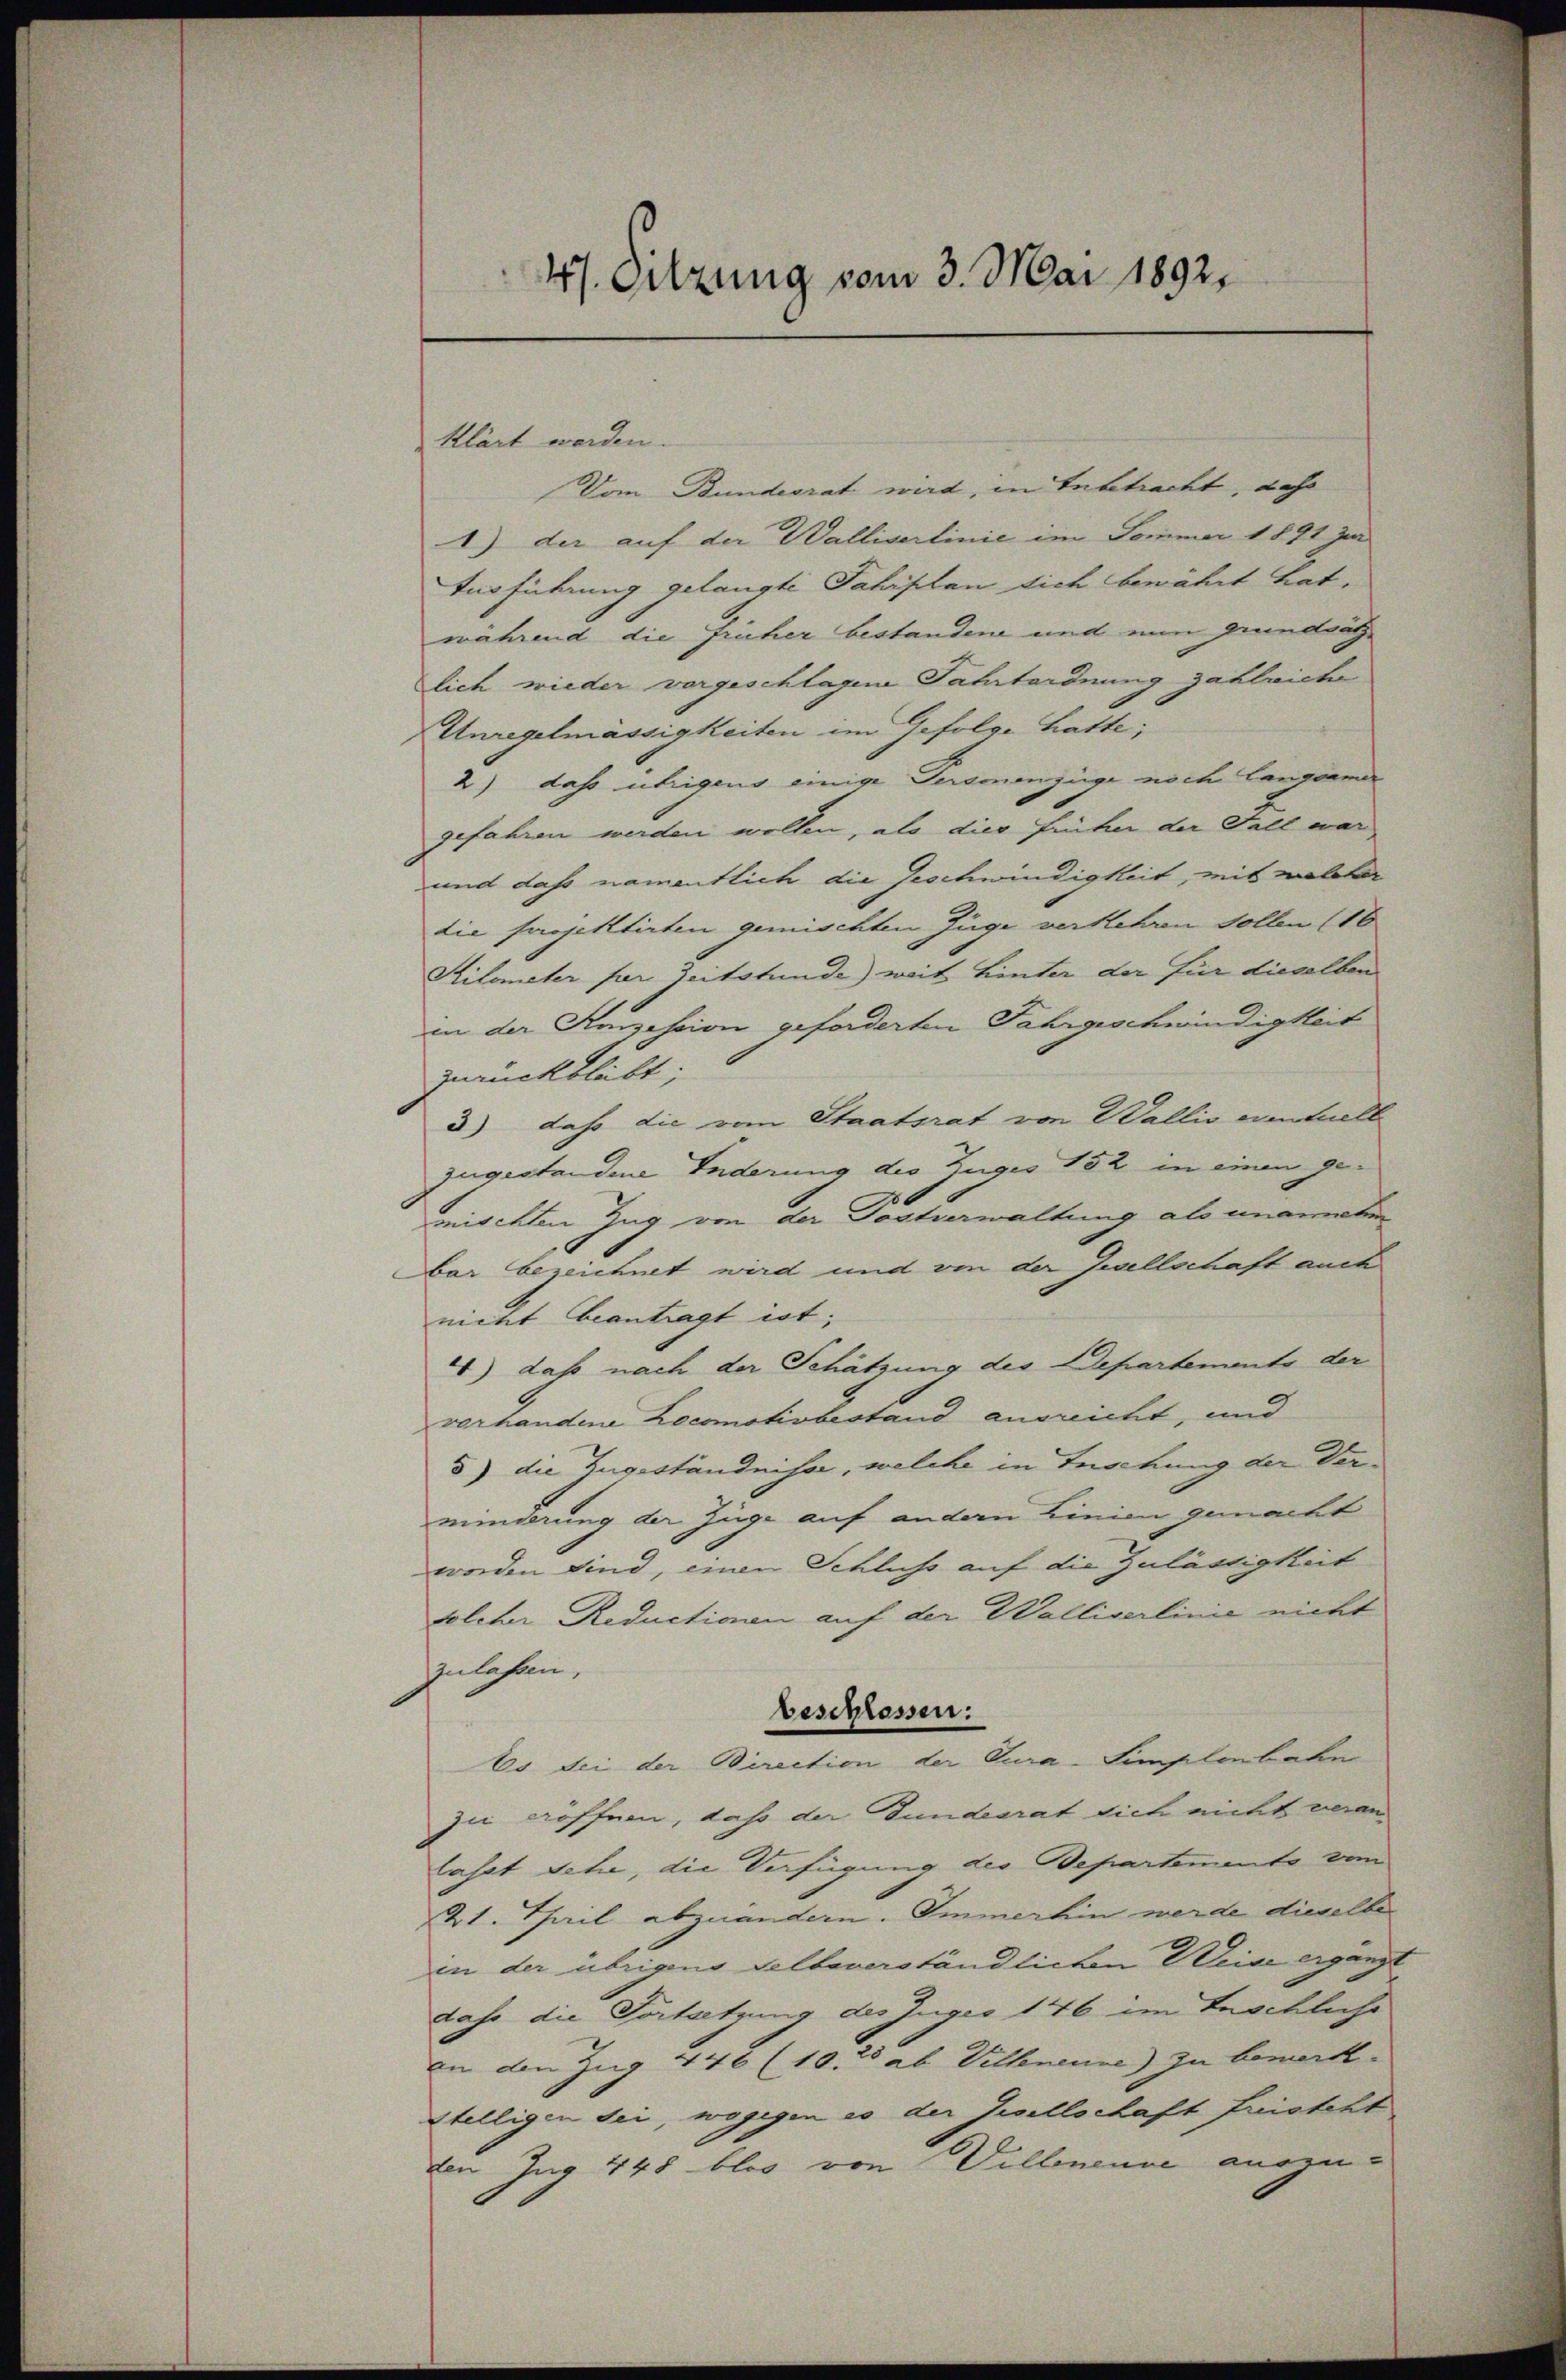
4). Sitzung vom 3. Mai 1892.

klärt werden.
Vom Bundesrat wird, in Inbetracht, dass
1) der auf der Walliserlinie im Sommer 1891 zur
Ausführung gelangte Jahrplan sich bewährt hat.
während die früher bestandene und nun grundsätz
lich wieder vorgeschlagene Fahrtordnung zahleiche
Unregelmässigkeiten im Gefolge hatte;
2) das übrigens einige Personenzüge noch langerner
gefahren werden wollen, als dies früher der Fall war
und dass namentlich die Geschwindigkeit, mit welcher
die projektirten gemischten Juge verkehren sollen (16
Kilometer per Zeitstunde) weit hinter der für dieselben
in der Konzession geforderten Fahrgeschwindigkeit
zurückblübt;
3) dass die vom Staatsrat von Wallis eventuell
zugestandene Änderung des Zuges 152 in einen ge-
.
mischten Zug von der Tochverwaltung also unaneten
bar bezeichnet wird und von der Gesellschaft auch
nicht beantragt ist;
4) daß nach der Schätzung des Departements der
vorhandene Recomotivbestand ausreicht, und
5) die Zugeständnisse, welche in Inschung der Verminderung der Züge auf andern Linien gemacht
worden sind, einen Schluss auf die Zulässigkeit
solcher Reductionen auf der Walliserlinie nicht
zulassen.
beschlossen:
Es sei der Direction der Cura-Simplenbahn
zu eröffnen, daß der Bundesrat sich nicht veranlasst sehe, die Verfügung des Departemento vom
21. Thail abzuändern. Immerhin werde dieselbe
in der übrigen Selbauerständlichen Weise ergänzt
dass die Fortsetzung des Juges 146 im Geschliche
an den Zug 446 (10.20 ab Villenenne) zu bemerk
Stelligen sei, wogegen es der Zwillschaft fristeht
den Ing 445 blos von Villeneuve auszu-